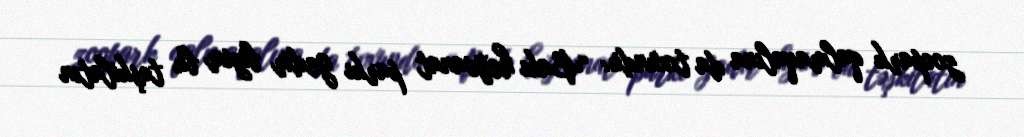
zoopark qalmaqalına da toxundu: “Bakı heyvanat parkı gedir bizim bu təşkilatın